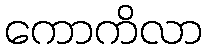
ကောကိလာ